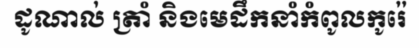
ដូណាល់ ត្រាំ និងមេដឹកនាំកំពូលកូរ៉េ